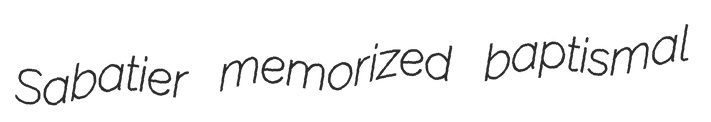
Sabatier memorized baptismal